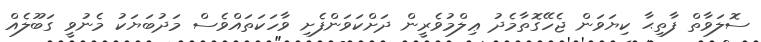
ސޮލަވާތް ފާތިޙާ ކިޔަވަން ޖެހޭގޮތާމެދު ޢިލްމުވެރީން ދަށްކަވަންފެށި ވާހަކަތައްވެސް މަދުބަޔަކު މެނުވީ ގަބޫލެއް